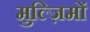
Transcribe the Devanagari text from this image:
मुल्ज़िमों